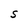
Character: s